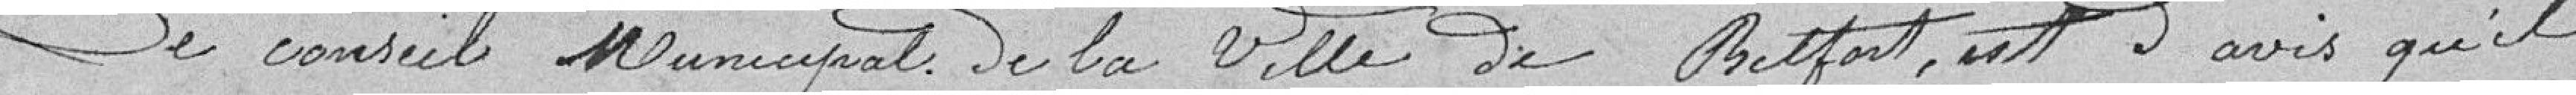
Le conseil municipal de la ville de Belfort, est d'avis qu'il